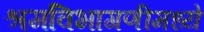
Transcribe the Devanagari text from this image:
श्रमविभागणीमध्ये